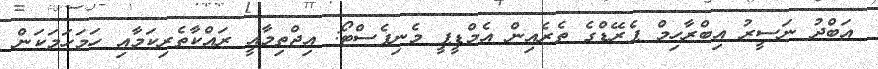
އަބްދު ނަސީރު އިބްރާހިމް ޕެރޭޑްގެ ތެރެއިން އެމްޑީޕީ މެނިފެސްޓޯ: އިޖްތިމާއީ ރައްކާތެރިކަމާއި ހަމަހަމަކަން